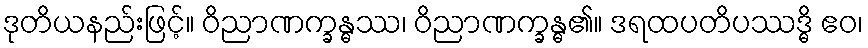
ဒုတိယနည်းဖြင့်။ ဝိညာဏက္ခန္ဓဿ၊ ဝိညာဏက္ခန္ဓ၏။ ဒရထပတိပဿဒ္ဓိ ဧဝ၊